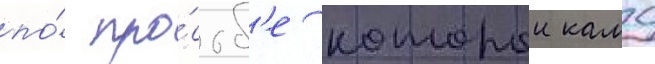
по́ про́сьб'е которои камо